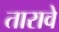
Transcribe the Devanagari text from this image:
तारावे